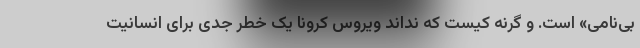
بی‌نامی» است. و گرنه کیست که نداند ویروس کرونا یک خطر جدی برای انسانیت